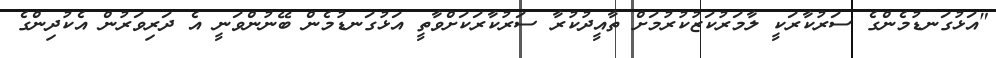
"އަޅުގަނޑުމެންގެ ސަރުކާރަކީ ލާމަރުކަޒުކުރުމަށް ތާއީދުކުރާ ސަރުކާރަކަށްވާތީ އަޅުގަނޑުމެން ބޭނުންވަނީ އެ ދަރިވަރުން އެކުދިންގެ